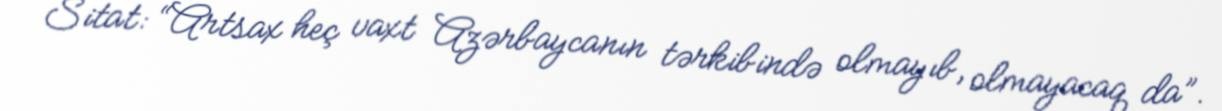
Sitat: “Artsax heç vaxt Azərbaycanın tərkibində olmayıb, olmayacaq da”.